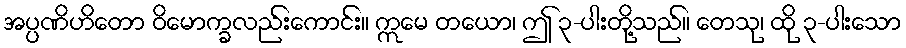
အပ္ပဏိဟိတော ဝိမောက္ခလည်းကောင်း။ ဣမေ တယော၊ ဤ ၃-ပါးတို့သည်။ တေသု၊ ထို ၃-ပါးသော